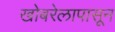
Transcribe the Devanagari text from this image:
खोबरेलापासून